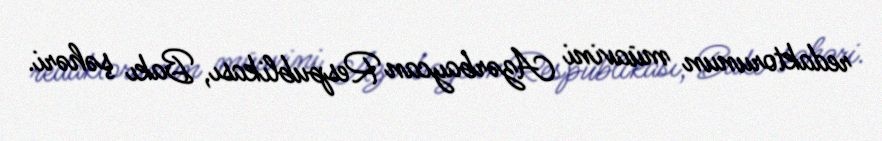
redaktorunun müavini Azərbaycan Respublikası, Bakı şəhəri.